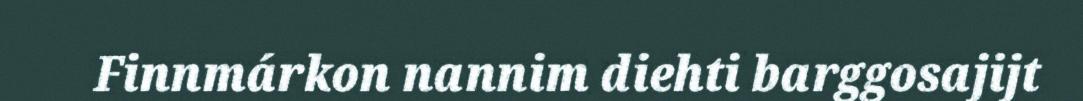
Finnmárkon nannim diehti barggosajijt